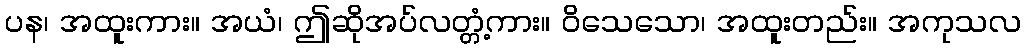
ပန၊ အထူးကား။ အယံ၊ ဤဆိုအပ်လတ္တံ့ကား။ ဝိသေသော၊ အထူးတည်း။ အကုသလ